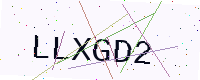
Text: LLXGD2